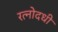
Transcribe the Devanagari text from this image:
रत्नोदधी